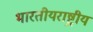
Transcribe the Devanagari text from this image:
भारतीयराष्ट्रीय